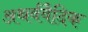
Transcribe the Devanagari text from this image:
अथर्ववैदिक